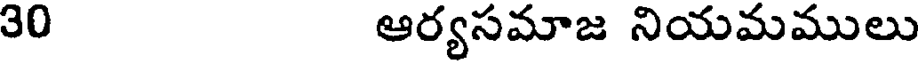
30 ఆర్యసమాజ నియమములు